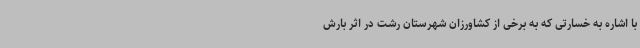
با اشاره به خسارتی که به برخی از کشاورزان شهرستان رشت در اثر بارش